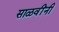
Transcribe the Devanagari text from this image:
साळवींनी